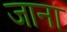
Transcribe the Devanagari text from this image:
जाना